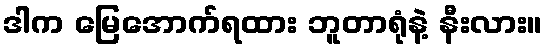
ဒါက မြေအောက်ရထား ဘူတာရုံနဲ့ နီးလား။